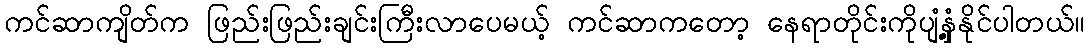
ကင်ဆာကျိတ်က ဖြည်းဖြည်းချင်းကြီးလာပေမယ့် ကင်ဆာကတော့ နေရာတိုင်းကိုပျံ့နှံ့နိုင်ပါတယ်။